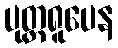
ပုတ္တရူပေန